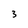
Character: 3